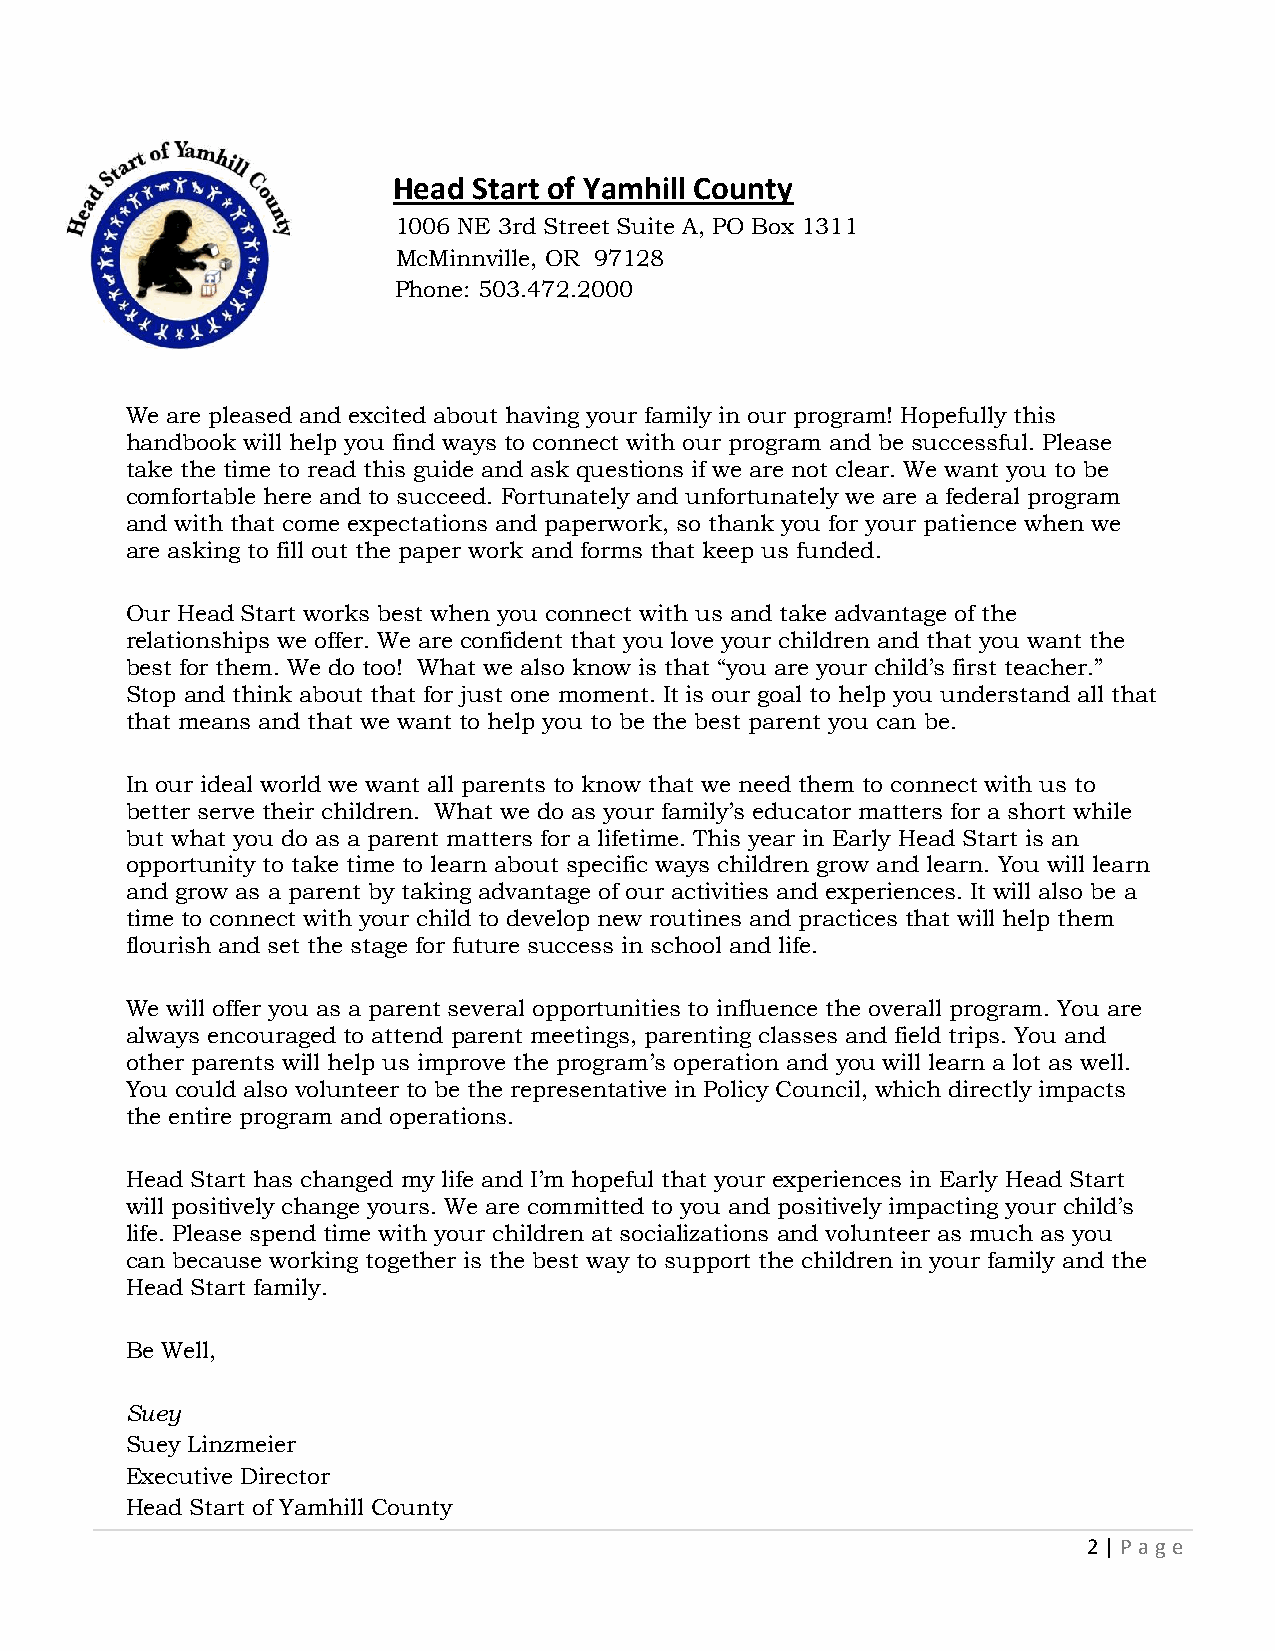
Head Start of Yamhill County
 1006 NE 3rd Street Suite A, PO Box 1311
 McMinnville, OR 97128
 Phone: 503.472.2000
 We are pleased and excited about having your family in our program! Hopefully this
 handbook will help you find ways to connect with our program and be successful. Please
 take the time to read this guide and ask questions if we are not clear. We want you to be
 comfortable here and to succeed. Fortunately and unfortunately we are a federal program
 and with that come expectations and paperwork, so thank you for your patience when we
 are asking to fill out the paper work and forms that keep us funded.
 Our Head Start works best when you connect with us and take advantage of the
 relationships we offer. We are confident that you love your children and that you want the
 best for them. We do too! What we also know is that “you are your child’s first teacher.”
 Stop and think about that for just one moment. It is our goal to help you understand all that
 that means and that we want to help you to be the best parent you can be.
 In our ideal world we want all parents to know that we need them to connect with us to
 better serve their children. What we do as your family’s educator matters for a short while
 but what you do as a parent matters for a lifetime. This year in Early Head Start is an
 opportunity to take time to learn about specific ways children grow and learn. You will learn
 and grow as a parent by taking advantage of our activities and experiences. It will also be a
 time to connect with your child to develop new routines and practices that will help them
 flourish and set the stage for future success in school and life.
 We will offer you as a parent several opportunities to influence the overall program. You are
 always encouraged to attend parent meetings, parenting classes and field trips. You and
 other parents will help us improve the program’s operation and you will learn a lot as well.
 You could also volunteer to be the representative in Policy Council, which directly impacts
 the entire program and operations.
 Head Start has changed my life and I’m hopeful that your experiences in Early Head Start
 will positively change yours. We are committed to you and positively impacting your child’s
 life. Please spend time with your children at socializations and volunteer as much as you
 can because working together is the best way to support the children in your family and the
 Head Start family.
 Be Well,
 Suey
 Suey Linzmeier
 Executive Director
 Head Start of Yamhill County
 2 | P age